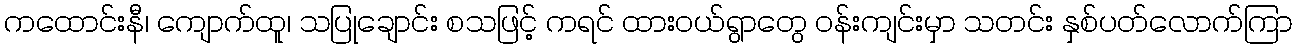
ကထောင်းနီ၊ ကျောက်ထူ၊ သပြုချောင်း စသဖြင့် ကရင် ထားဝယ်ရွာတွေ ဝန်းကျင်းမှာ သတင်း နှစ်ပတ်လောက်ကြာ